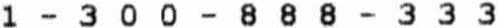
1 - 300 - 888 - 333